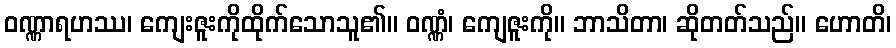
ဝဏ္ဏာရဟဿ၊ ကျေးဇူးကိုထိုက်သောသူ၏။ ဝဏ္ဏံ၊ ကျေဇူးကို။ ဘာသိတာ၊ ဆိုတတ်သည်။ ဟောတိ၊